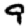
Digit: 9